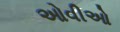
ઓવીઓ